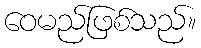
ဝေမည်ဖြစ်သည်။